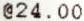
@24.00